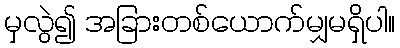
မှလွဲ၍ အခြားတစ်ယောက်မျှမရှိပါ။